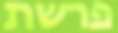
פרשת